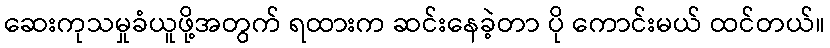
ဆေးကုသမှုခံယူဖို့အတွက် ရထားက ဆင်းနေခဲ့တာ ပို ကောင်းမယ် ထင်တယ်။